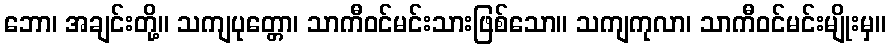
ဘော၊ အချင်းတို့။ သကျပုတ္တော၊ သာကီဝင်မင်းသားဖြစ်သော။ သကျကုလာ၊ သာကီဝင်မင်းမျိုးမှ။